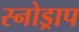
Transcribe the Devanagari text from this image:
स्नोड्राप